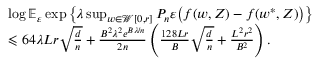
\begin{array} { r l } & { \log \mathbb E _ { \varepsilon } \exp \left\{ \lambda \operatorname* { s u p } _ { w \in \mathcal W [ 0 , r ] } P _ { n } \varepsilon \big ( f ( w , Z ) - f ( w ^ { * } , Z ) \big ) \right\} } \\ & { \leqslant 6 4 \lambda L r \sqrt { \frac { d } n } + \frac { B ^ { 2 } \lambda ^ { 2 } e ^ { B \lambda / n } } { 2 n } \left( \frac { 1 2 8 L r } { B } \sqrt { \frac { d } n } + \frac { L ^ { 2 } r ^ { 2 } } { B ^ { 2 } } \right) . } \end{array}